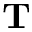
\mathbf { T }